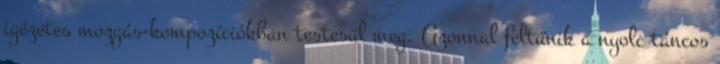
igézetes mozgás-kompozíciókban testesül meg. Azonnal feltűnik a nyolc táncos